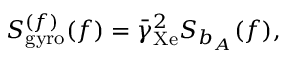
S _ { \mathrm { g y r o } } ^ { ( f ) } ( f ) = \bar { \gamma } _ { \mathrm { X e } } ^ { 2 } S _ { b _ { A } } ( f ) ,